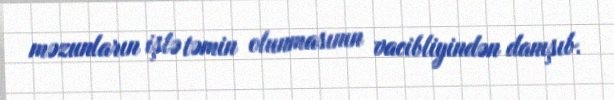
məzunların işlə təmin olunmasının vacibliyindən danışıb.